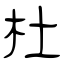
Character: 杜